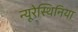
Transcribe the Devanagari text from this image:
न्यूरेस्थिनिया